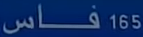
فس165